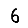
Digit: 6